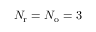
{ N _ { \mathrm { r } } } = { N _ { \mathrm { o } } } = 3